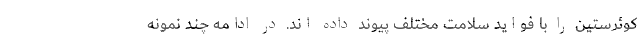
کوئرستین را با فواید سلامت مختلف پیوند داده اند. در ادامه چند نمونه